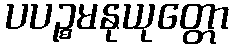
ပပဉ္စမနုယုတ္တော